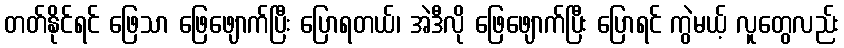
တတ်နိုင်ရင် ဖြေသာ ဖြေဖျောက်ပြီး ပြောရတယ်၊ အဲဒီလို ဖြေဖျောက်ပြီး ပြောရင် ကွဲမယ့် လူတွေလည်း